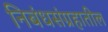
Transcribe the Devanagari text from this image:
निबंधसंग्रहातील